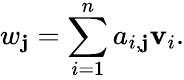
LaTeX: w_{\mathbf{j}}=\sum_{i=1}^{n}a_{i,\mathbf{j}}\mathbf{v}_{i}.